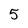
Character: 5